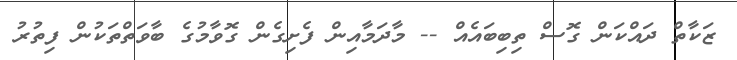
ޒަކާތް ދައްކަން ގޮސް ތިބިބައެއް -- މާދަމާއިން ފެށިގެން ގޮވާމުގެ ބާވަތްތަކުން ފިތުރު